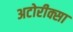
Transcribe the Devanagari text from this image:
अटोरीक्सा